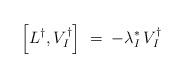
LaTeX: \begin{align*}\left[ L^\dagger,V_I^\dagger \right] \;=\; -\lambda_I^* \, V_I^\dagger\end{align*}